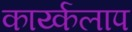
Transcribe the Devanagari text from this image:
कार्य्कलाप